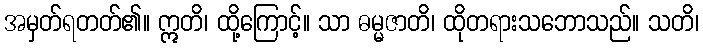
အမှတ်ရတတ်၏။ ဣတိ၊ ထို့ကြောင့်။ သာ ဓမ္မဇာတိ၊ ထိုတရားသဘောသည်။ သတိ၊